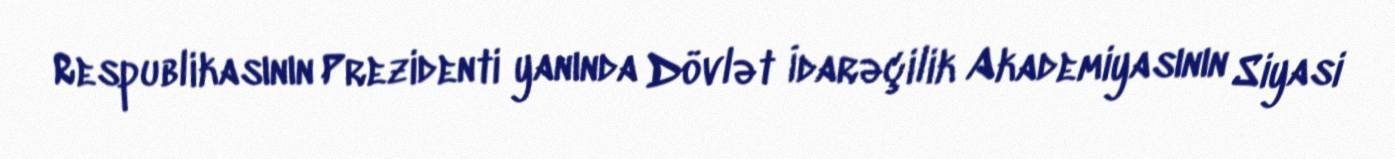
Respublikasının Prezidenti yanında Dövlət İdarəçilik Akademiyasının Siyasi